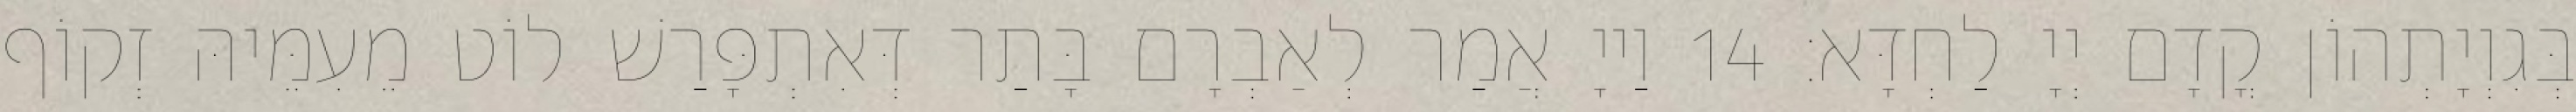
בְּגִוְיָתְהוֹן קֳדָם יְיָ לַחְדָּא׃ 14 וַייָ אֲמַר לְאַבְרָם בָּתַר דְּאִתְפָּרַשׁ לוֹט מֵעִמֵּיהּ זְקוֹף